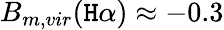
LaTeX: B_{m,vir}(\mathtt{H}\alpha)\approx-0.3